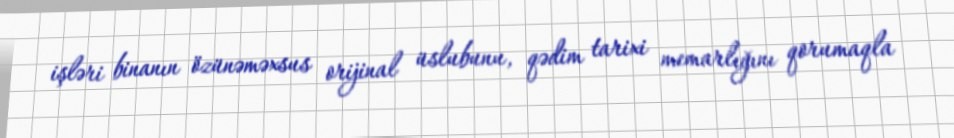
işləri binanın özünəməxsus orijinal üslubunu, qədim tarixi memarlığını qorumaqla